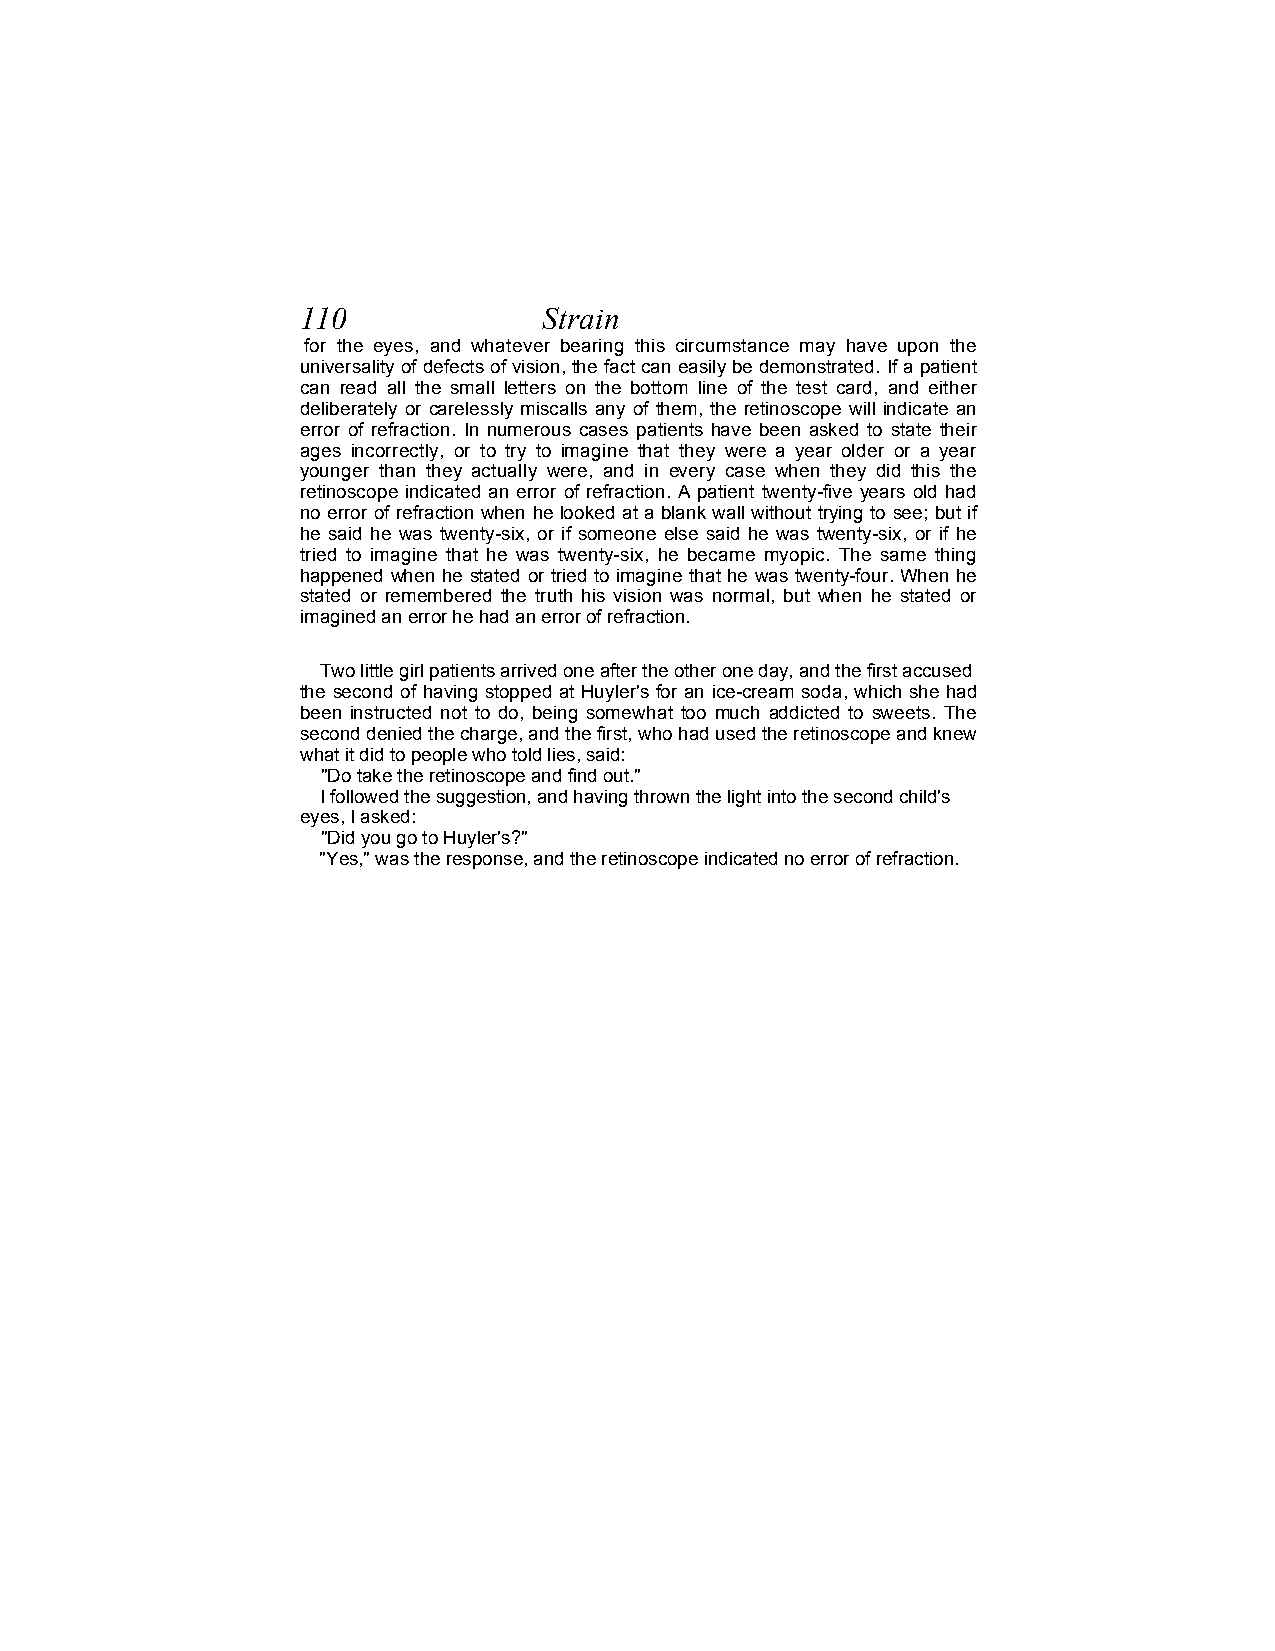
110             Strain
 for the eyes, and whatever bearing this circumstance may have upon the
 universality of defects of vision, the fact can easily be demonstrated. If a patient
 can read all the small letters on the bottom line of the test card, and either
 deliberately or carelessly miscalls any of them, the retinoscope will indicate an
 error of refraction. In numerous cases patients have been asked to state their
 ages incorrectly, or to try to imagine that they were a year older or a year
 younger than they actually were, and in every case when they did this the
 retinoscope indicated an error of refraction. A patient twenty-five years old had
 no error of refraction when he looked at a blank wall without trying to see; but if
 he said he was twenty-six, or if someone else said he was twenty-six, or if he
 tried to imagine that he was twenty-six, he became myopic. The same thing
 happened when he stated or tried to imagine that he was twenty-four. When he
 stated or remembered the truth his vision was normal, but when he stated or
 imagined an error he had an error of refraction.
 Two little girl patients arrived one after the other one day, and the first accused
 the second of having stopped at Huyler's for an ice-cream soda, which she had
 been instructed not to do, being somewhat too much addicted to sweets. The
 second denied the charge, and the first, who had used the retinoscope and knew
 what it did to people who told lies, said:
 "Do take the retinoscope and find out."
 I followed the suggestion, and having thrown the light into the second child's
 eyes, I asked:
 "Did you go to Huyler's?"
 "Yes," was the response, and the retinoscope indicated no error of refraction.